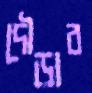
দৌড়াব